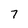
Character: 7